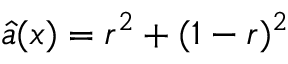
\widehat { a } ( x ) = r ^ { 2 } + ( 1 - r ) ^ { 2 }